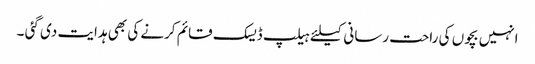
انہیں بچوں کی راحت رسانی کیلئے ہیلپ ڈیسک قائم کرنے کی بھی ہدایت دی گئی ۔